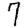
Digit: 7